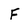
Character: F